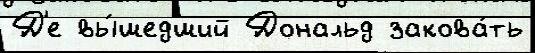
Д'е вы́шедший Дональд закова́ть